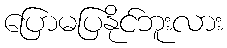
ပြောမပြနိုင်ဘူးလား